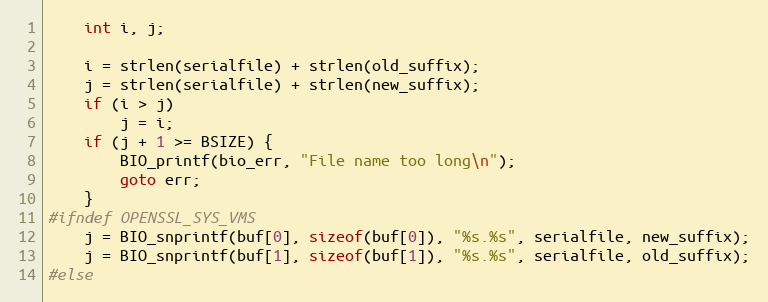
Language: C
    int i, j;

    i = strlen(serialfile) + strlen(old_suffix);
    j = strlen(serialfile) + strlen(new_suffix);
    if (i > j)
        j = i;
    if (j + 1 >= BSIZE) {
        BIO_printf(bio_err, "File name too long\n");
        goto err;
    }
#ifndef OPENSSL_SYS_VMS
    j = BIO_snprintf(buf[0], sizeof(buf[0]), "%s.%s", serialfile, new_suffix);
    j = BIO_snprintf(buf[1], sizeof(buf[1]), "%s.%s", serialfile, old_suffix);
#else